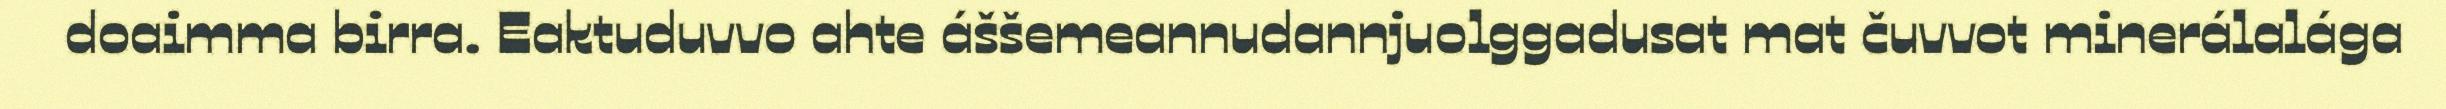
doaimma birra. Eaktuduvvo ahte áššemeannudannjuolggadusat mat čuvvot minerálalága